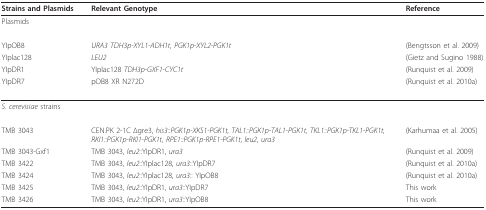
<table><thead><tr><td><b>Strains and Plasmids</b></td><td><b>Relevant Genotype</b></td><td><b>Reference</b></td></tr></thead><tbody><tr><td>Plasmids</td><td></td><td></td></tr><tr><td>YIpOB8</td><td><i>URA3 TDH3p-XYL1-ADH1t, PGK1p-XYL2-PGK1t</i></td><td>(Bengtsson et al. 2009)</td></tr><tr><td>YIplac128</td><td><i>LEU2</i></td><td>(Gietz and Sugino 1988)</td></tr><tr><td>YIpDR1</td><td>YIplac128 <i>TDH3p</i>-<i>GXF1</i>-<i>CYC1t</i></td><td>(Runquist et al. 2009)</td></tr><tr><td>YIpDR7</td><td>pOB8 XR N272D</td><td>(Runquist et al. 2010a)</td></tr><tr><td><i>S. cerevisiae </i>strains</td><td></td><td></td></tr><tr><td>TMB 3043</td><td>CEN.PK 2-1C Δgre3, <i>his3</i>::<i>PGK1p-XKS1-PGK1t, TAL1::PGK1p-TAL1-PGK1t, TKL1::PGK1p-TKL1-PGK1t, RKI1::PGK1p-RKI1-PGK1t, RPE1::PGK1p-RPE1-PGK1t</i>, <i>leu2</i>, <i>ura3</i></td><td>(Karhumaa et al. 2005)</td></tr><tr><td>TMB 3043-Gxf1</td><td>TMB 3043, <i>leu2</i>::YIpDR1, <i>ura3</i></td><td>(Runquist et al. 2009)</td></tr><tr><td>TMB 3422</td><td>TMB 3043, <i>leu2</i>::YIplac128, <i>ura3</i>::YIpDR7</td><td>(Runquist et al. 2010a)</td></tr><tr><td>TMB 3424</td><td>TMB 3043, <i>leu2</i>::YIplac128, <i>ura3</i>:: YIpOB8</td><td>(Runquist et al. 2010a)</td></tr><tr><td>TMB 3425</td><td>TMB 3043, <i>leu2</i>::YIpDR1, <i>ura3</i>::YIpDR7</td><td>This work</td></tr><tr><td>TMB 3426</td><td>TMB 3043, <i>leu2</i>::YIpDR1, <i>ura3</i>::YIpOB8</td><td>This work</td></tr></tbody></table>